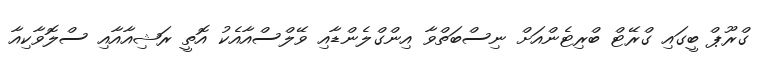
ގްރޫޕް ބީގައި ގްރޭޓް ބްރިޓެންއަށް ނިސްބަތްވާ އިންގްލެންޑާއި ވޭލްސްއާއެކު އޮތީ ރަޝިއާއާއި ސްލޮވާކިއާ